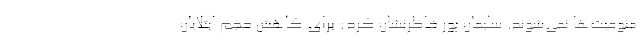
منوعیت‌ها نمی‌شوند. سلیمان پور خاطرنشان کرد: برای کاهش حجم ابتلایان